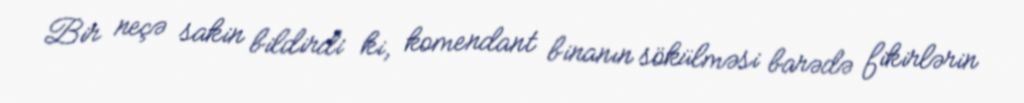
Bir neçə sakin bildirdi ki, komendant binanın sökülməsi barədə fikirlərin